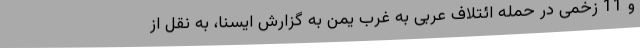
و 11 زخمی در حمله ائتلاف عربی به غرب یمن به گزارش ایسنا، به نقل از